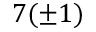
7 ( \pm 1 )